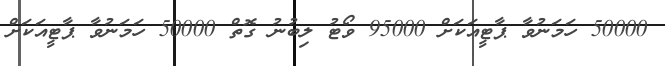
50000 ހަމަނުވާ ޕާޓީއަކަށް 95000 ވޯޓު ލިބުނު ގޮތް 50000 ހަމަނުވާ ޕާޓީއަކަށް